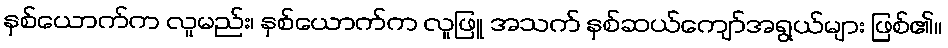
နှစ်ယောက်က လူမည်း၊ နှစ်ယောက်က လူဖြူ အသက် နှစ်ဆယ်ကျော်အရွယ်များ ဖြစ်၏။